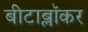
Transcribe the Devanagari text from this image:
बीटाब्लॉकर